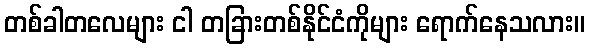
တစ်ခါတလေများ ငါ တခြားတစ်နိုင်ငံကိုများ ရောက်နေသလား။